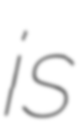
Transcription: is